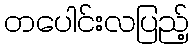
တပေါင်းလပြည့်